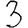
Digit: 3